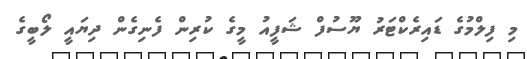
މި ފިލްމުގެ ޑައިރެކްޓަރު ޔޫސުފް ޝަފީއު މީގެ ކުރިން ފެނިގެން ދިޔައީ ލޯބީގެ